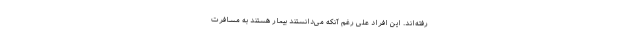
رفته‌اند. این افراد علی رغم آنکه می‌دانستند بیمار هستند به مسافرت